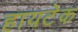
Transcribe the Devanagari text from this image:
हायटेक